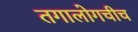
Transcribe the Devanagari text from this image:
तगालोगचीच